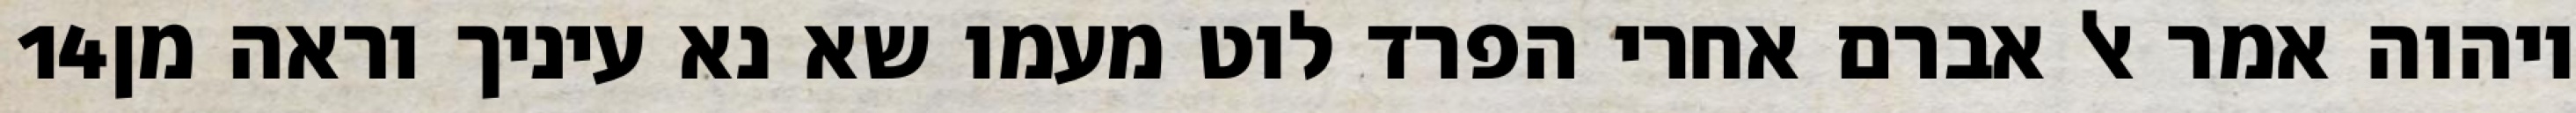
‎14‏ ויהוה אמר אל אברם אחרי הפרד לוט מעמו שא נא עיניך וראה מן